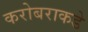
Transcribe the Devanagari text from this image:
करोबराकडे